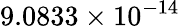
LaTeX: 9.0833\times 10^{-14}